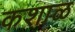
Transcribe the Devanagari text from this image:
कशाळ